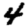
Digit: 4